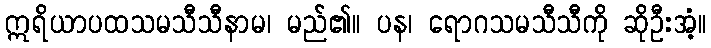
ဣရိယာပထသမသီသီနာမ၊ မည်၏။ ပန၊ ရောဂသမသီသီကို ဆိုဦးအံ့။